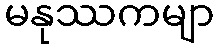
မနုဿကမျာ